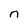
Character: n